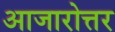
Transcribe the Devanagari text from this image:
आजारोत्तर